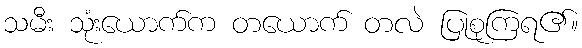
သမီး သုံးယောက်က တယောက် တလဲ ပြုစုကြရ၏။